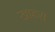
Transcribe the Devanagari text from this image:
खोहरा